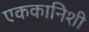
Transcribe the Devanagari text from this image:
एककानिशी